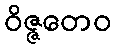
ဝိဇ္ဇတေဝ